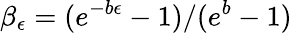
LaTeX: \beta_{\epsilon}=(e^{-b\epsilon}-1)/(e^{b}-1)